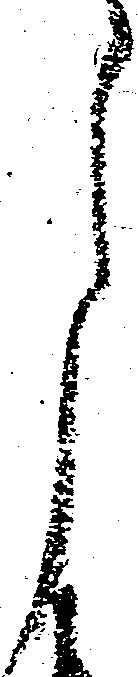
月